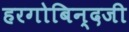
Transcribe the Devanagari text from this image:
हरगोबिन्दजी